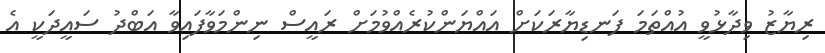
ރިޔާޒު ވިދާޅުވީ އުއްތަމަ ފަނޑިޔާރަކަށް އައްޔަންކުރެއްވުމަށް ރައީސް ނިންމަވާފައިވާ އަބްދު ސައީދަކީ އެ